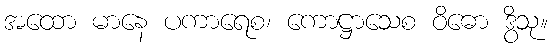
အထော မာနေ ပကာရေစ၊ ကောဋ္ဌာသေစ ဝိဓော ဒွိသု။